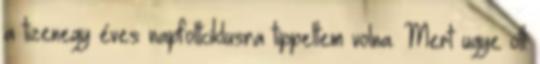
a tizenegy éves napfoltciklusra tippeltem volna. Mert ugye ott